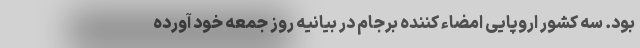
بود. سه کشور اروپایی امضاء کننده برجام در بیانیه روز جمعه خود آورده